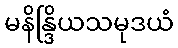
မနိန္ဒြိယသမုဒယံ